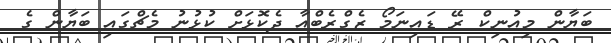
ބަޔާން މިއުނިކް ރޭ ޑައިނަމޯ ޒެގްރެބްއާ ދެކޮޅަށް ކުޅުނު މެޗްގައި ބަޔާން ގެ